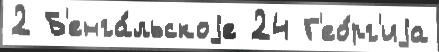
2 Б'енга́льскоjе 24 Г'ео́рг'иjа